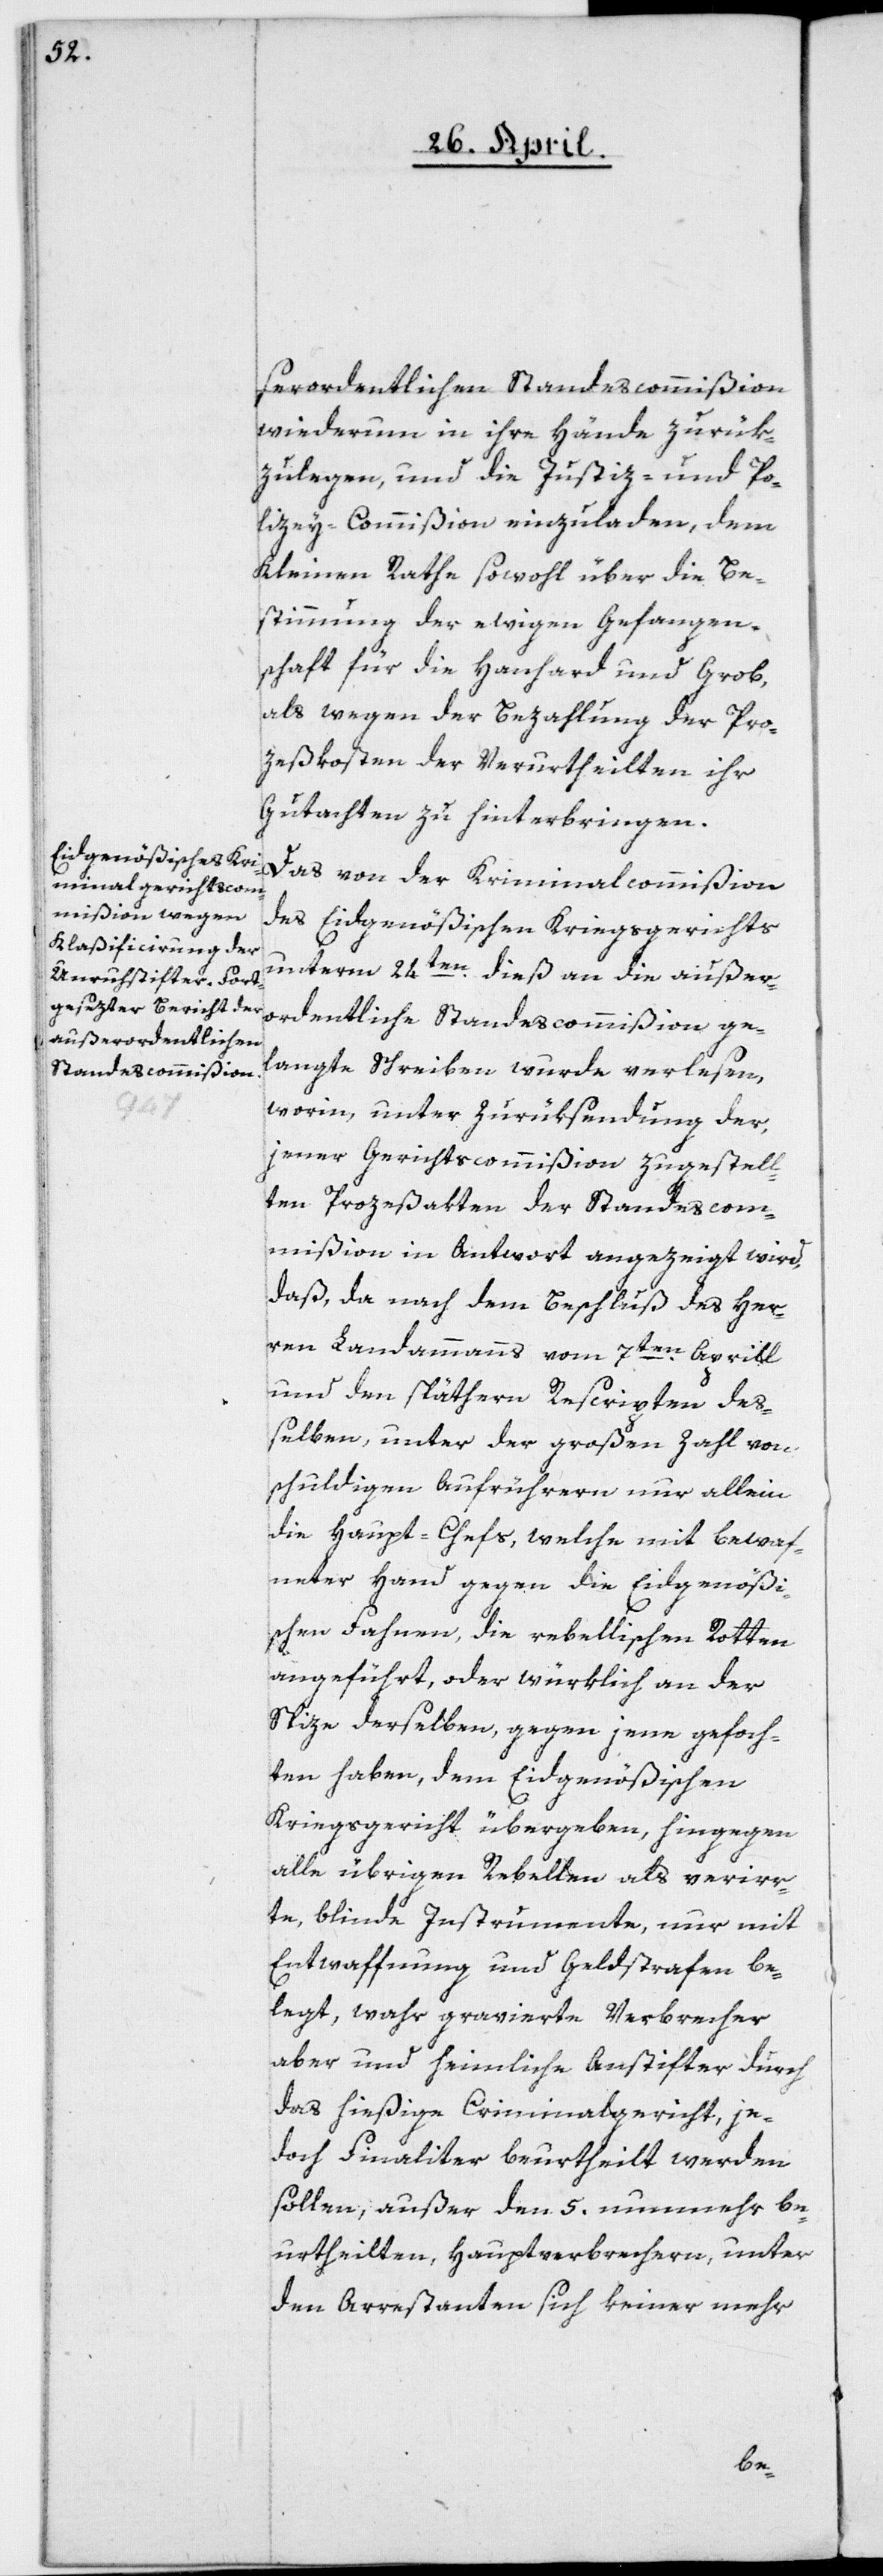
erordentlichen Standescommißion
wiederum in ihre Hände zurük¬
zulegen, und die Justiz- und Po¬
lizey-Commißion einzuladen, dem
Kleinen Rathe sowohl über die Be¬
stimmung der ewigen Gefangen¬
schaft für die Hanhard und Grob,
als wegen der Bezahlung der Pro¬
zeßkosten der Verurtheilten ihr
Gutachten zu hinterbringen.
Das von der Kriminalcommißion
des Eidgenößischen Kriegsgerichts
unterm 24ten dieß an die außer¬
ordentliche Standescommißion ge¬
langte Schreiben wurde verlesen,
worin, unter Zurüksendung der,
jener Gerichtscommißion zugestell¬
ten Prozeßakten der Standescom¬
mißion in Antwort angezeigt wird,
daß, da nach dem Beschluß des Her¬
ren Landammanns vom 7ten Aprill
und den späthern Rescripten deß¬
elben, unter der großen Zahl von
schuldigen Aufrührern nur allein
die Haupt-Chefs, welche mit bewaf¬
neter Hand gegen die Eidgenößi¬
schen Fahnen, die rebellischen Rotten
angeführt, oder würklich an der
Spize derselben, gegen jene gefoch¬
ten haben, dem Eidgenößischen
Kriegsgericht übergeben, hingegen
alle übrigen Rebellen als verirr¬
te, blinde Instrumente, nur mit
Entwaffnung und Geldstrafen be¬
legt, wahr gravierte Verbrecher
aber und heimliche Anstifter durch
das hießige Criminalgericht, je¬
doch finaliter beurtheilt werden
sollen, außer den 5. nunmehr be¬
urtheilten Hauptverbrechern, unter
den Arrestanten sich keiner mehr